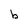
Character: b